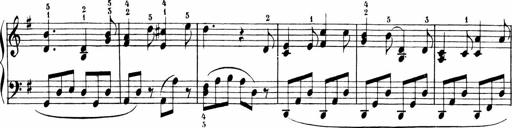
Title: Sonatinen Op.47, 98 und 136, nebst 6 Liedersonatinen
Composer: Carl Reinecke